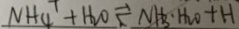
N H _ { 4 } + H _ { 2 } O \rightleftharpoons N H _ { 3 } \cdot H _ { 2 } O + H